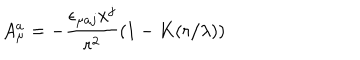
A _ { \mu } ^ { a } = - { \frac { \epsilon _ { \mu a j } x ^ { j } } { r ^ { 2 } } } ( 1 - K ( r / \lambda ) )